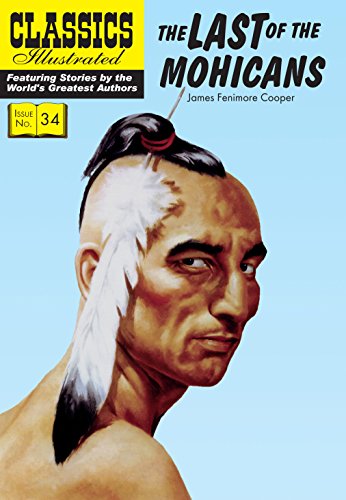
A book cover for The Last of the Mohicans (Classics Illustrated); James Fenimore Cooper; Comics & Graphic Novels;